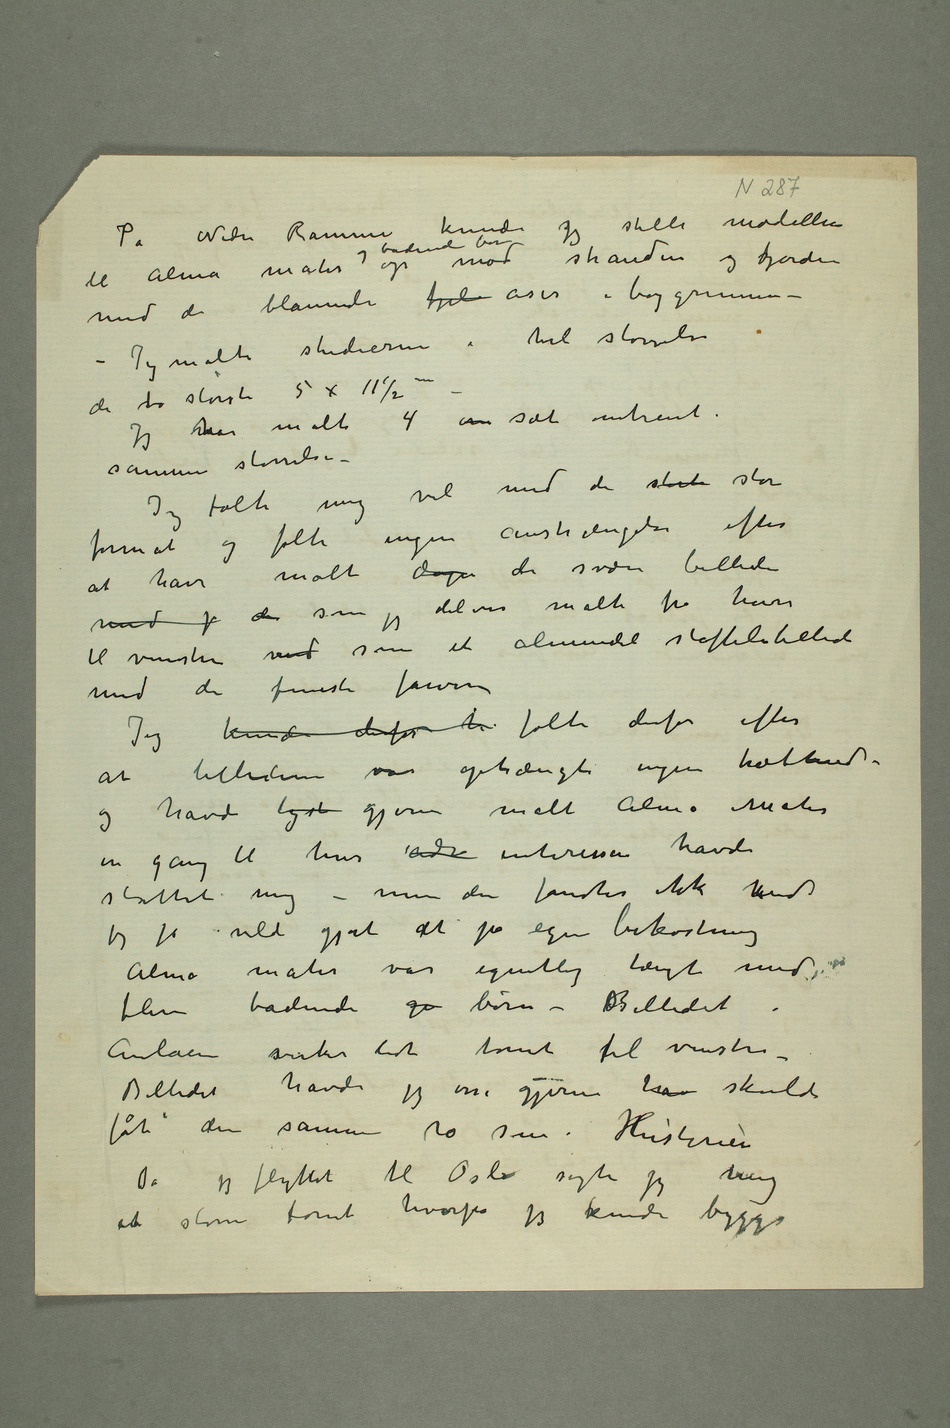
På Nedre Ramme kunde jeg stille modellen til
og badende børn op mod stranden og fjorden
mod de blånende fjel åser i baggrunnen –
– Jeg malte studierne i hel størrelse
de sto største 5 x 11½m –
Jeg mhar malt 4 om sol omtrent i
samme størrelse –
Jeg følte mig vel med de størst store
format og følte ingen anstrængelser efter
at have malt digre de svære billeder mod
delvis malte fra høire
til venstre med som et almindeli staffelibilled
med de fineste farver
Jeg kunde derfor h følte derfor efter
at billederne var ophængt ingen træthed –
og havde lyst gjerne malt Alma Mater
en gang til hvis adr interessen havde
støttet mig – men den fandtes ikke end
jeg jo vilde gjort det på egen bekostning
Alma mater var egentlig tængt med
flere badende gu børn – Billedet i
Aulaen virker lidt tomt til venstre –
Billedet havde jeg osså gjerne hav skulde
fåt den samme ro som i Historien
Da jeg flyttet til Oslo søgte jeg mig
en større tomt hvorpå jeg kunde bygge